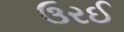
ઉરઈ